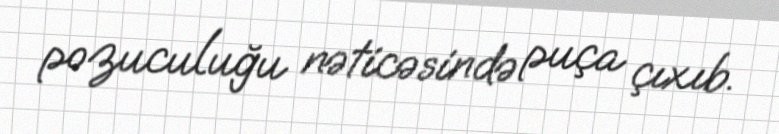
pozuculuğu nəticəsində puça çıxıb.